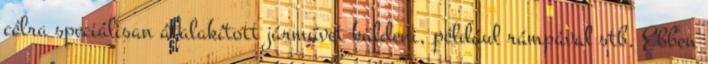
célra speciálisan átalakított járművet küldeni, például rámpával stb. Ebben